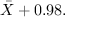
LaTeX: \! { \bar { X } } + 0 . 9 8 .